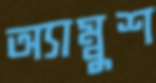
অ্যাম্বুশ